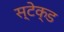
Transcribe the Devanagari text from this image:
स्टेक्ड